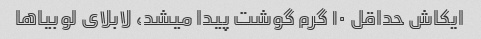
ایکاش حداقل ۱۰ گرم گوشت پیدا میشد، لابلای لوبیاها